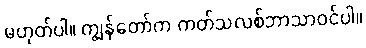
မဟုတ်ပါ။ ကျွန်တော်က ကတ်သလစ်ဘာသာဝင်ပါ။